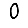
Digit: 0